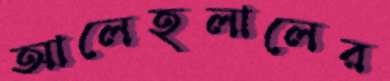
আলেহলালের